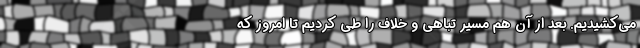
می‌کشیدیم. بعد از آن هم مسیر تباهی و خلاف را طی کردیم تا امروز که